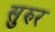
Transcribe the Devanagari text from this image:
सुरुर